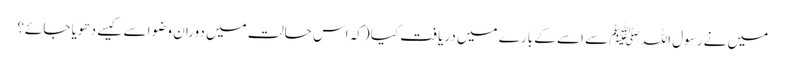
میں نے رسول اللہ ﷺ سے اسے کے بارے میں دریافت کیا (کہ اس حالت میں دوران وضو اسے کیسے دھویا جائے؟